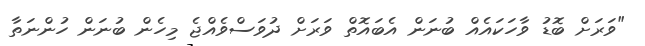
"ވަރަށް ބޮޑު ވާހަކައެއް ބުނަން އެބައޮތް ވަރަށް ދުވަސްވެއްޖެ މިހެން ބުނަން ހުންނަތާ